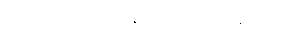
သတို့သားက သူနှင့်အသိ ဖြစ်နေသည်။